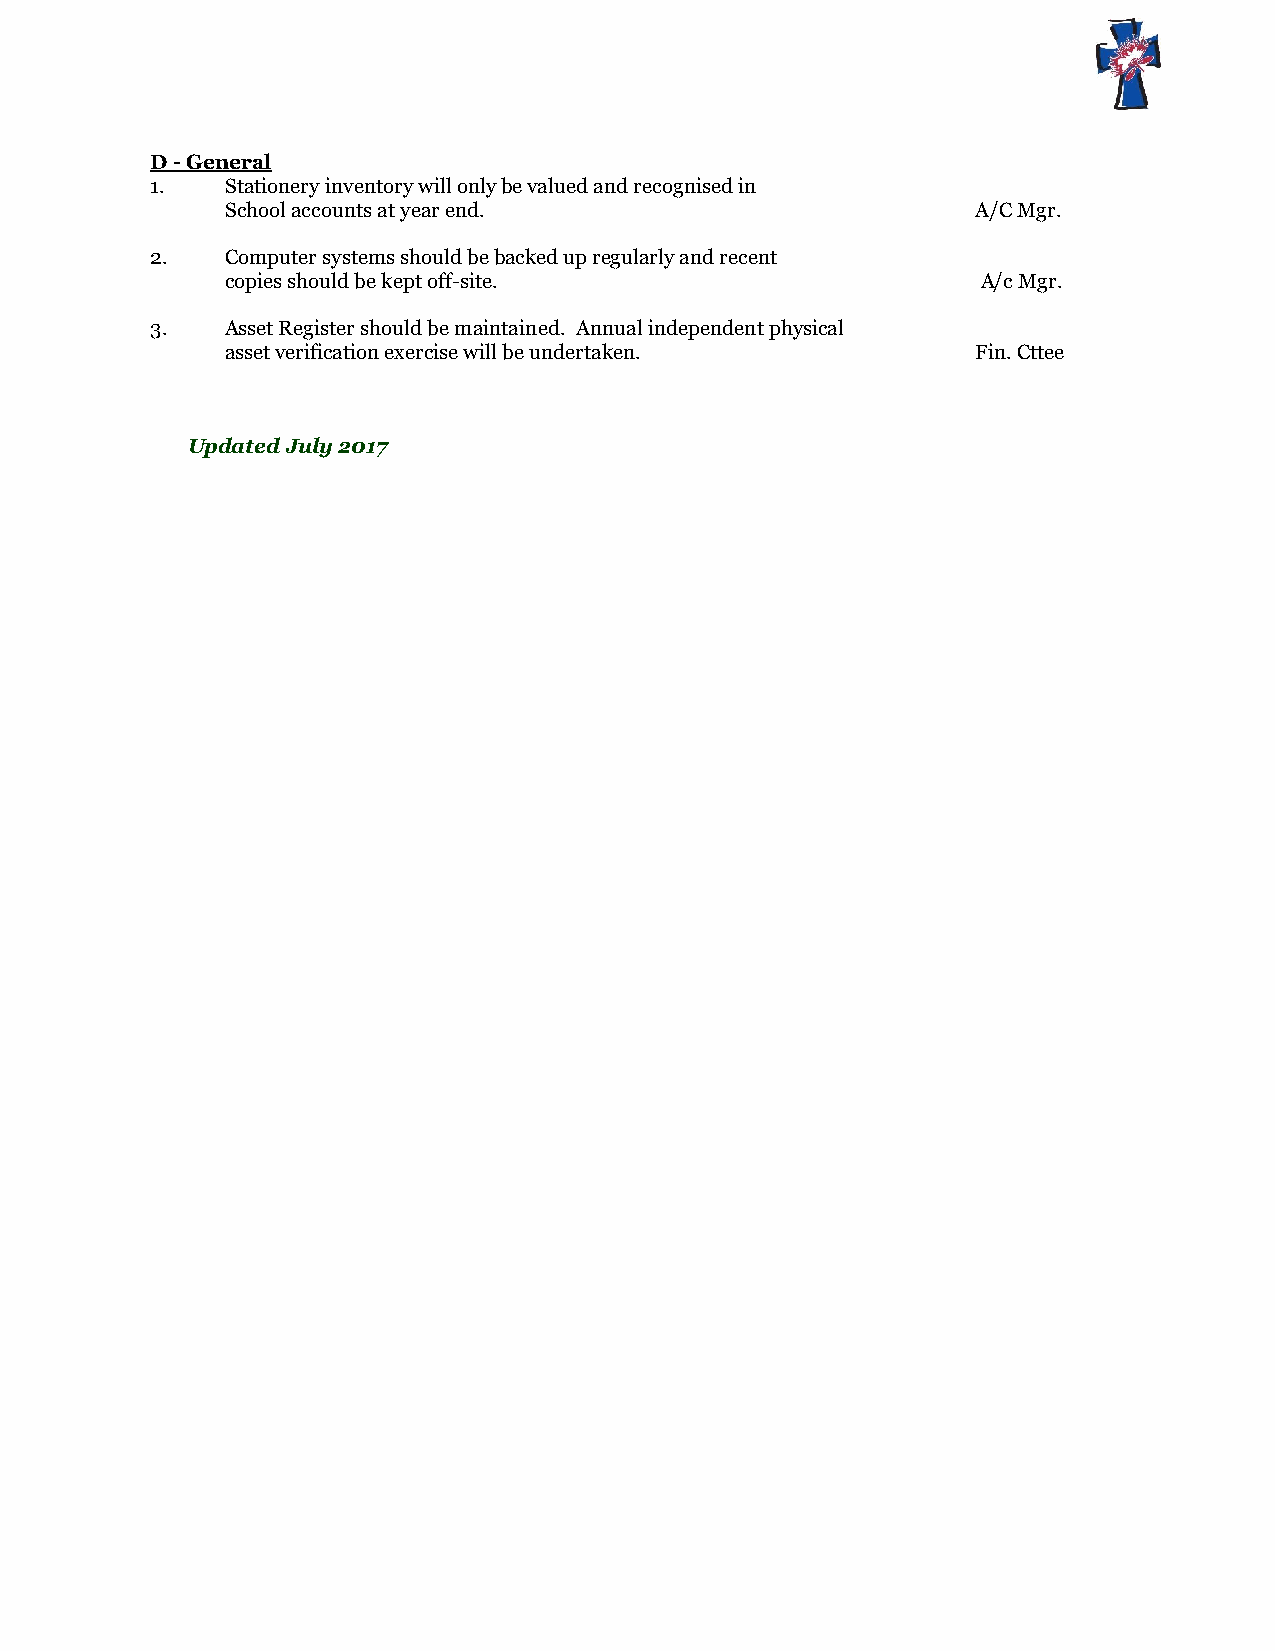
D - General
 1.   Stationery inventory will only be valued and recognised in
 School accounts at year end.                      A/C Mgr.
 2.   Computer systems should be backed up regularly and recent
 copies should be kept off-site.                   A/c Mgr.
 3.   Asset Register should be maintained. Annual independent physical
 asset verification exercise will be undertaken.   Fin. Cttee
 Updated July 2017